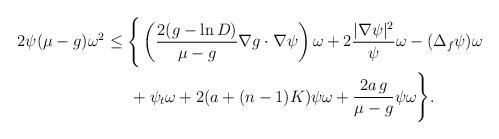
LaTeX: \begin{align*}\begin{aligned}2\psi(\mu-g)\omega^2&\leq\Bigg\{\left(\frac{2(g-\ln D)}{\mu-g}\nabla g\cdot\nabla\psi\right)\omega+2\frac{|\nabla\psi|^2}{\psi}\omega-(\Delta_f\psi)\omega\\&\quad\,\,\,+\psi_t\omega+2(a+(n-1)K)\psi\omega+\frac{2a\,g}{\mu-g}\psi\omega\Bigg\}.\end{aligned}\end{align*}